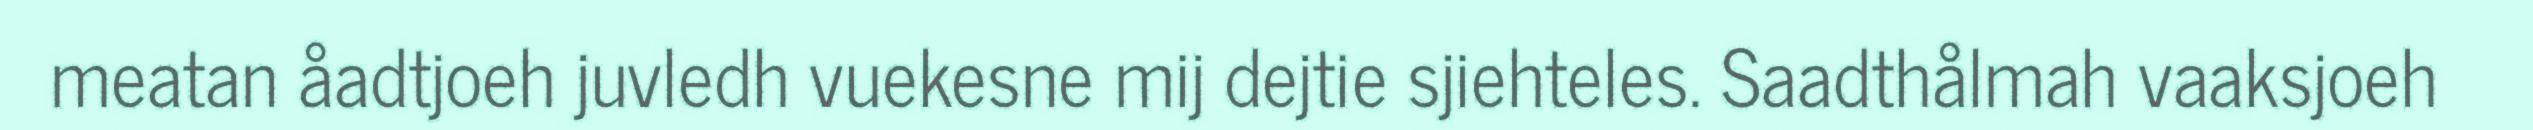
meatan åadtjoeh juvledh vuekesne mij dejtie sjiehteles. Saadthålmah vaaksjoeh